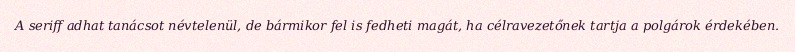
A seriff adhat tanácsot névtelenül, de bármikor fel is fedheti magát, ha célravezetőnek tartja a polgárok érdekében.